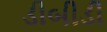
ડીબીડી